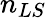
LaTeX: n_{LS}